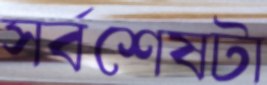
সর্বশেষটা